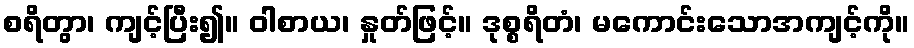
စရိတွာ၊ ကျင့်ပြီး၍။ ဝါစာယ၊ နှုတ်ဖြင့်။ ဒုစ္စရိတံ၊ မကောင်းသောအကျင့်ကို။